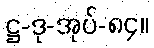
ဋ္ဌ-ဒု-အုပ်-၈၄။